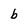
Character: b